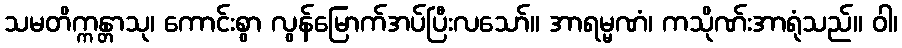
သမတိက္ကန္တာသု၊ ကောင်းစွာ လွန်မြောက်အပ်ပြီးလသော်။ အာရမ္မဏံ၊ ကသိုဏ်းအာရုံသည်။ ဝါ၊